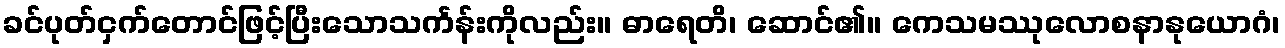
ခင်ပုတ်ငှက်တောင်ဖြင့်ပြီးသောသင်္ကန်းကိုလည်း။ ဓာရေတိ၊ ဆောင်၏။ ကေသမဿုလောစနာနုယောဂံ၊